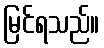
မြင်ရသည်။